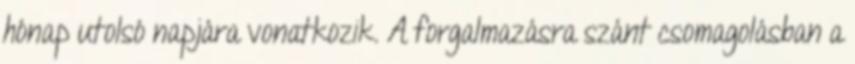
hónap utolsó napjára vonatkozik. A forgalmazásra szánt csomagolásban a